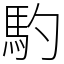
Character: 馰